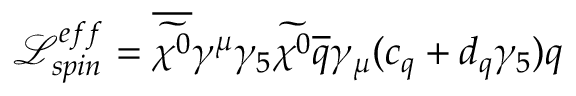
\mathcal { L } _ { s p i n } ^ { e f f } = \overline { { { \widetilde { \chi ^ { 0 } } } } } \gamma ^ { \mu } \gamma _ { 5 } \widetilde { \chi ^ { 0 } } \overline { { { q } } } \gamma _ { \mu } ( c _ { q } + d _ { q } \gamma _ { 5 } ) q